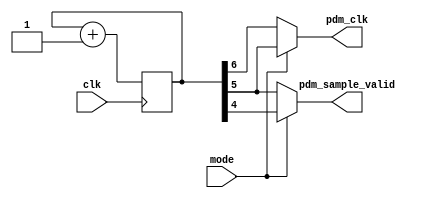
module pdm_clk_gen(
    input clk,
    input mode,
    output pdm_clk, 
    output pdm_sample_valid);
    
    reg [6:0] counter = 7'h0;
    assign pdm_clk = mode ? counter[5] : counter[6];
    assign pdm_sample_valid = mode ? counter[4] : counter[5];

    always @(posedge clk) begin
        counter <= counter + 7'h1;
    end
endmodule

module pdm_rnd(
    input clk,
    input pdm_sample,
    output rnd_data,
    output reg data_valid);
    reg [23:0] shift = 24'h000000;
    assign rnd_data = shift[23];
    assign nxt = shift[23] ^ shift[22] ^ shift[21] ^ shift[16] ^ 1'b1;
    reg prev_sample = 1'b0;
    always @(posedge clk) begin
        data_valid <= 1'b0;
        prev_sample <= pdm_sample;
        if (pdm_sample && (!prev_sample)) begin
            shift <= {shift[22:0], nxt};
            data_valid <= 1'b1;
        end
    end
endmodule

module pdm_side_sync(
        input clk,
        input pdm_clk,
        input pdm_sample_valid,
        input pdm_data,
        output reg left,
        output reg right,
        output reg data_valid);
    reg left_sample = 1'b0;
    reg prev_pdm_sample_valid = 1'b1;
    always @(posedge clk) begin
        data_valid <= 1'b0;
        prev_pdm_sample_valid <= pdm_sample_valid;
        if (pdm_sample_valid && (! prev_pdm_sample_valid)) begin
            if (pdm_clk) begin
                left_sample <= pdm_data;
            end else begin
                right <=  pdm_data;
                left <= left_sample;
                data_valid <= 1'b1;
            end
        end
    end
endmodule

module sum_pdm(
        input clk,
        input sample_valid,
        input a,
        input b,
        output reg out,
        output reg data_valid);
    reg [15:0] error_accum = 16'h8000;
    reg prev_sample_valid = 1'b1;
    always @(posedge clk) begin
        data_valid <= 1'b0;
        prev_sample_valid <= sample_valid;
        if (sample_valid && (! prev_sample_valid)) begin
            if (a && b) begin
                out <= 1'b1;
                error_accum <= error_accum + 16'h0001;
            end else if (a ^ b) begin
                if (error_accum[15]) begin
                    out <= 1'b1;
                    error_accum <= error_accum - 16'h0001;
                end else begin
                    out <= 1'b0;
                    error_accum <= error_accum + 16'h0001;
                end
            end else if (!a & !b) begin
                out <= 1'b0;
                error_accum <= error_accum - 16'h0001;
            end     
            data_valid <= 1'b1;
        end
    end
endmodule

module accum_recv #(
    parameter integer ACCUM_BITS = 4
)(
        input clk,
        input sample_valid,
        input data,
        input sync,
        output reg [ACCUM_BITS - 1:0] accum_data,
        output reg accum_clk);

    reg prev_sample_valid = 1'b1;

    reg [ACCUM_BITS - 1:0] accum = {1'h1, {ACCUM_BITS - 1{1'h0}}};
    reg [ACCUM_BITS - 2:0] smp_counter = {ACCUM_BITS - 1{1'h0}};

    always @(posedge clk) begin
        if (sync) begin
            smp_counter <= {ACCUM_BITS - 1{1'h0}};
        end
        accum_clk <= 1'b0;
        prev_sample_valid <= sample_valid;
        if (sample_valid && (! prev_sample_valid)) begin
            smp_counter <= smp_counter +  {{ACCUM_BITS - 2{1'h0}}, 1'h1};
            if (&smp_counter) begin
                smp_counter <= {{ACCUM_BITS - 2{1'h0}}, 1'h1};
                accum_clk <= 1'b1;
                accum_data <= accum;
                if (data) begin
                    accum = {1'h1, {ACCUM_BITS - 1{1'h0}}} + {{ACCUM_BITS - 1{1'h0}}, 1'h1};
                end else begin
                    accum = {1'h1, {ACCUM_BITS - 1{1'h0}}} - {{ACCUM_BITS - 1{1'h0}}, 1'h1};
                end
            end else begin
                if (data) begin
                    accum = accum + {{ACCUM_BITS - 1{1'h0}}, 1'h1};
                end else begin
                    accum = accum - {{ACCUM_BITS - 1{1'h0}}, 1'h1};
                end
            end
        end
    end
endmodule